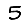
Digit: 5